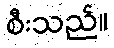
စီးသည်။